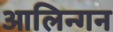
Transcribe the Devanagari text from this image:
आलिन्गन